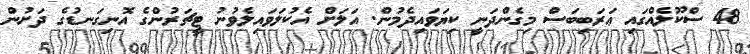
48 ސްކޫލެއްގައި ޢަރަބިބަސް މިގެންދަނީ ކިޔަވައިދެމުން. އަލަށް އެކުލަވައިލެވުނު ޓީޗަރުންގެ އޮނިގަނޑުގެ ދަށުން